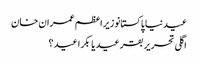
عیدنیا پاکستانوزیراعظم عمران خان
اگلی تحریر بقر عید یا بکرا عید ؟